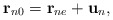
\begin{align*}{\bf r}_{n0}={\bf r}_{ne}+{\bf u}_{n}, \end{align*}